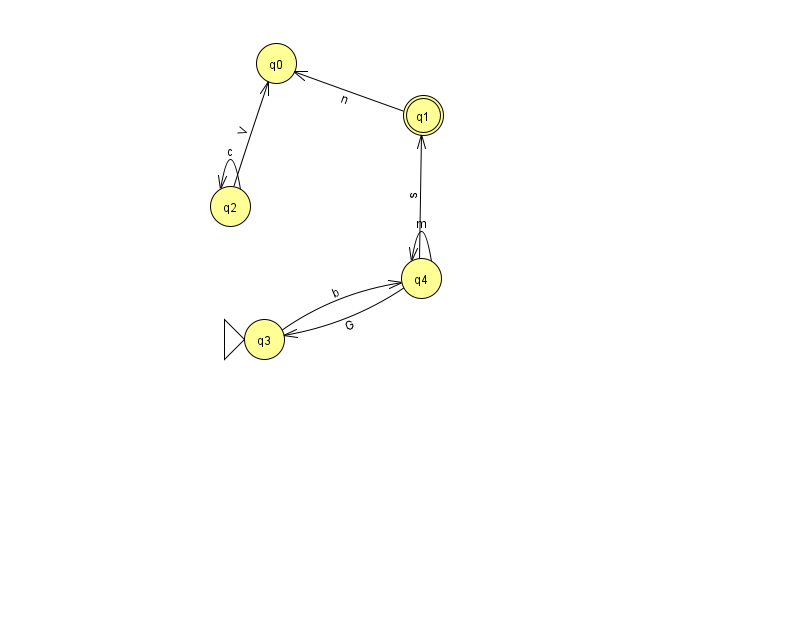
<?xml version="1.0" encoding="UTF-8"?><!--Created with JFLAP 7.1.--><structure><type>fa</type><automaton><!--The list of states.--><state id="0" name="q0"><x>276.0</x><y>50.0</y></state><state id="1" name="q1"><x>423.0</x><y>102.0</y><final/></state><state id="2" name="q2"><x>230.0</x><y>193.0</y></state><state id="3" name="q3"><x>264.0</x><y>326.0</y><initial/></state><state id="4" name="q4"><x>421.0</x><y>265.0</y></state><!--The list of transitions.--><transition><from>4</from><to>1</to><read>s</read></transition><transition><from>2</from><to>2</to><read>c</read></transition><transition><from>1</from><to>0</to><read>n</read></transition><transition><from>2</from><to>0</to><read>V</read></transition><transition><from>4</from><to>3</to><read>G</read></transition><transition><from>4</from><to>4</to><read>m</read></transition><transition><from>3</from><to>4</to><read>b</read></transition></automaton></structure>